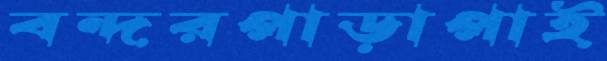
বন্দরপাড়াপাই